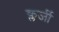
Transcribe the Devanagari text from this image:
क्लर्जी